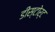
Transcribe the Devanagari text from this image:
डीस्टोर्ट